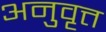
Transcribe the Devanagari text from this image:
अनुवृत्त